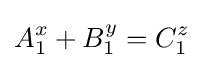
A_{1}^{x}+B_{1}^{y}=C_{1}^{z}